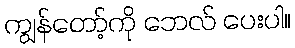
ကျွန်တော့်ကို ဘေလ် ပေးပါ။